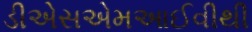
ડીએસએમઆઈવીથી